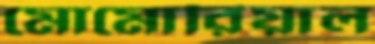
মোমোরিয়াল